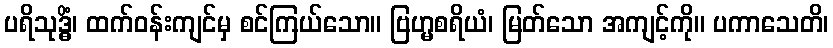
ပရိသုဒ္ဓိံ၊ ထက်ဝန်းကျင်မှ စင်ကြယ်သော။ ဗြဟ္မစရိယံ၊ မြတ်သော အကျင့်ကို။ ပကာသေတိ၊